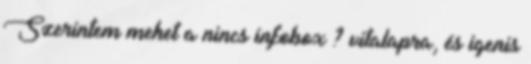
Szerintem mehet a nincs infobox ? vitalapra, és igenis